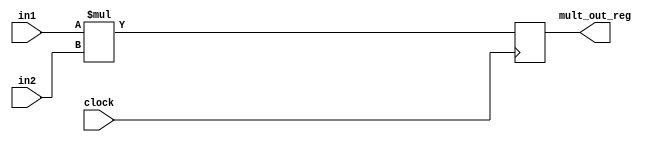
/*
 * Copyright (c) 2006, Peter M. Chen.  All rights reserved.  This software is
 * supplied as is without expressed or implied warranties of any kind.
 */

module mult(
    input wire clock,
    input wire [31:0] in1,
    input wire [31:0] in2,
    output reg [31:0] mult_out_reg);

    reg [31:0] out;

    always @* begin
        /*
	 * Amazingly, this works for 2s complement negative numbers.
	 */
        out = in1 * in2;
    end

    /*
     * This register exists (and is named uniquely) so I can specify
     * it as a destination for a multicycle timing constraint.
     */
    always @(posedge clock) begin
        mult_out_reg <= out;
    end

endmodule